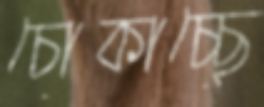
চোকাচ্ছে